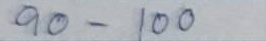
90 - 300